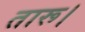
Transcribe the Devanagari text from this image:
तारू।